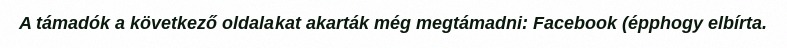
A támadók a következő oldalakat akarták még megtámadni: Facebook (épphogy elbírta.